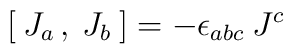
[\: J_{a\: },\: J_{b}\: ]=-\epsilon _{abc}\: J^{c}